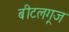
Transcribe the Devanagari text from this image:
बीटलगूज